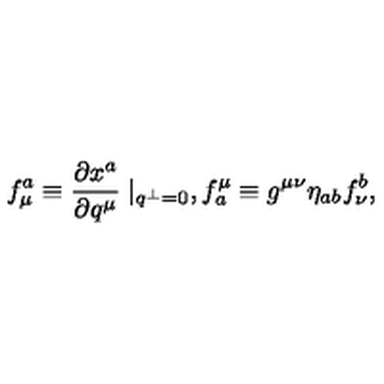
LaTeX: f _ { \mu } ^ { a } \equiv \frac { \partial x ^ { a } } { \partial q ^ { \mu } } \mid _ { q ^ { \perp } = 0 } , f _ { a } ^ { \mu } \equiv g ^ { \mu \nu } \eta _ { a b } f _ { \nu } ^ { b } ,